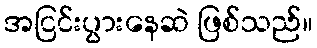
အငြင်းပွားနေဆဲ ဖြစ်သည်။